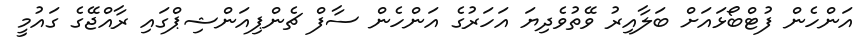
އަންހެން ފުޓްބޯޅައަށް ބަލާއިރު ވޭތުވެދިޔަ އަހަރުގެ އަންހެން ސާފް ޗެންޕިއަންޝިޕްގައި ރާއްޖޭގެ ގައުމީ